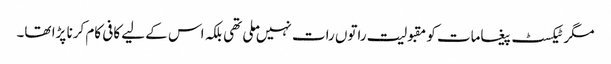
مگر ٹیکسٹ پیغامات کو مقبولیت راتوں رات نہیں ملی تھی بلکہ اس کے لیے کافی کام کرنا پڑا تھا۔